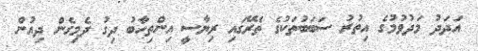
އަދަދު މަދުވުމުގެ އިތުރު ސަބަބުތަކުގެ ތެރޭގައި ރިޔާސީ އިންތިހާބު ދިގު ދެމިގެން ދިއުން